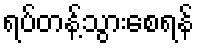
ရပ်တန့်သွားစေရန်